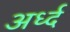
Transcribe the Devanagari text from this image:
अर्ध्द